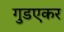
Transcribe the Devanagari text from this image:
गुडएकर